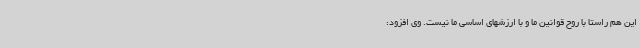
این هم راستا با روح قوانین ما و با ارزشهای اساسی ما نیست. وی افزود: